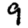
Digit: 9